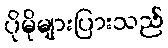
ပိုမိုများပြားသည်